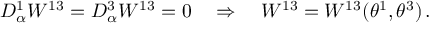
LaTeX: D _ { \alpha } ^ { 1 } W ^ { 1 3 } = D _ { \alpha } ^ { 3 } W ^ { 1 3 } = 0 \quad \Rightarrow \quad W ^ { 1 3 } = W ^ { 1 3 } ( \theta ^ { 1 } , \theta ^ { 3 } ) \, .